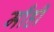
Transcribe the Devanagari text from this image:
माँही